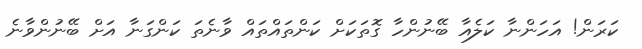
ކަރަން! އަހަންނާ ކަލެއާ ބޭނުންހާ ގޮތަކަށް ކަންތައްތައް ވާނެތަ ކަންގަނާ އަށް ބޭނުންވާނެ